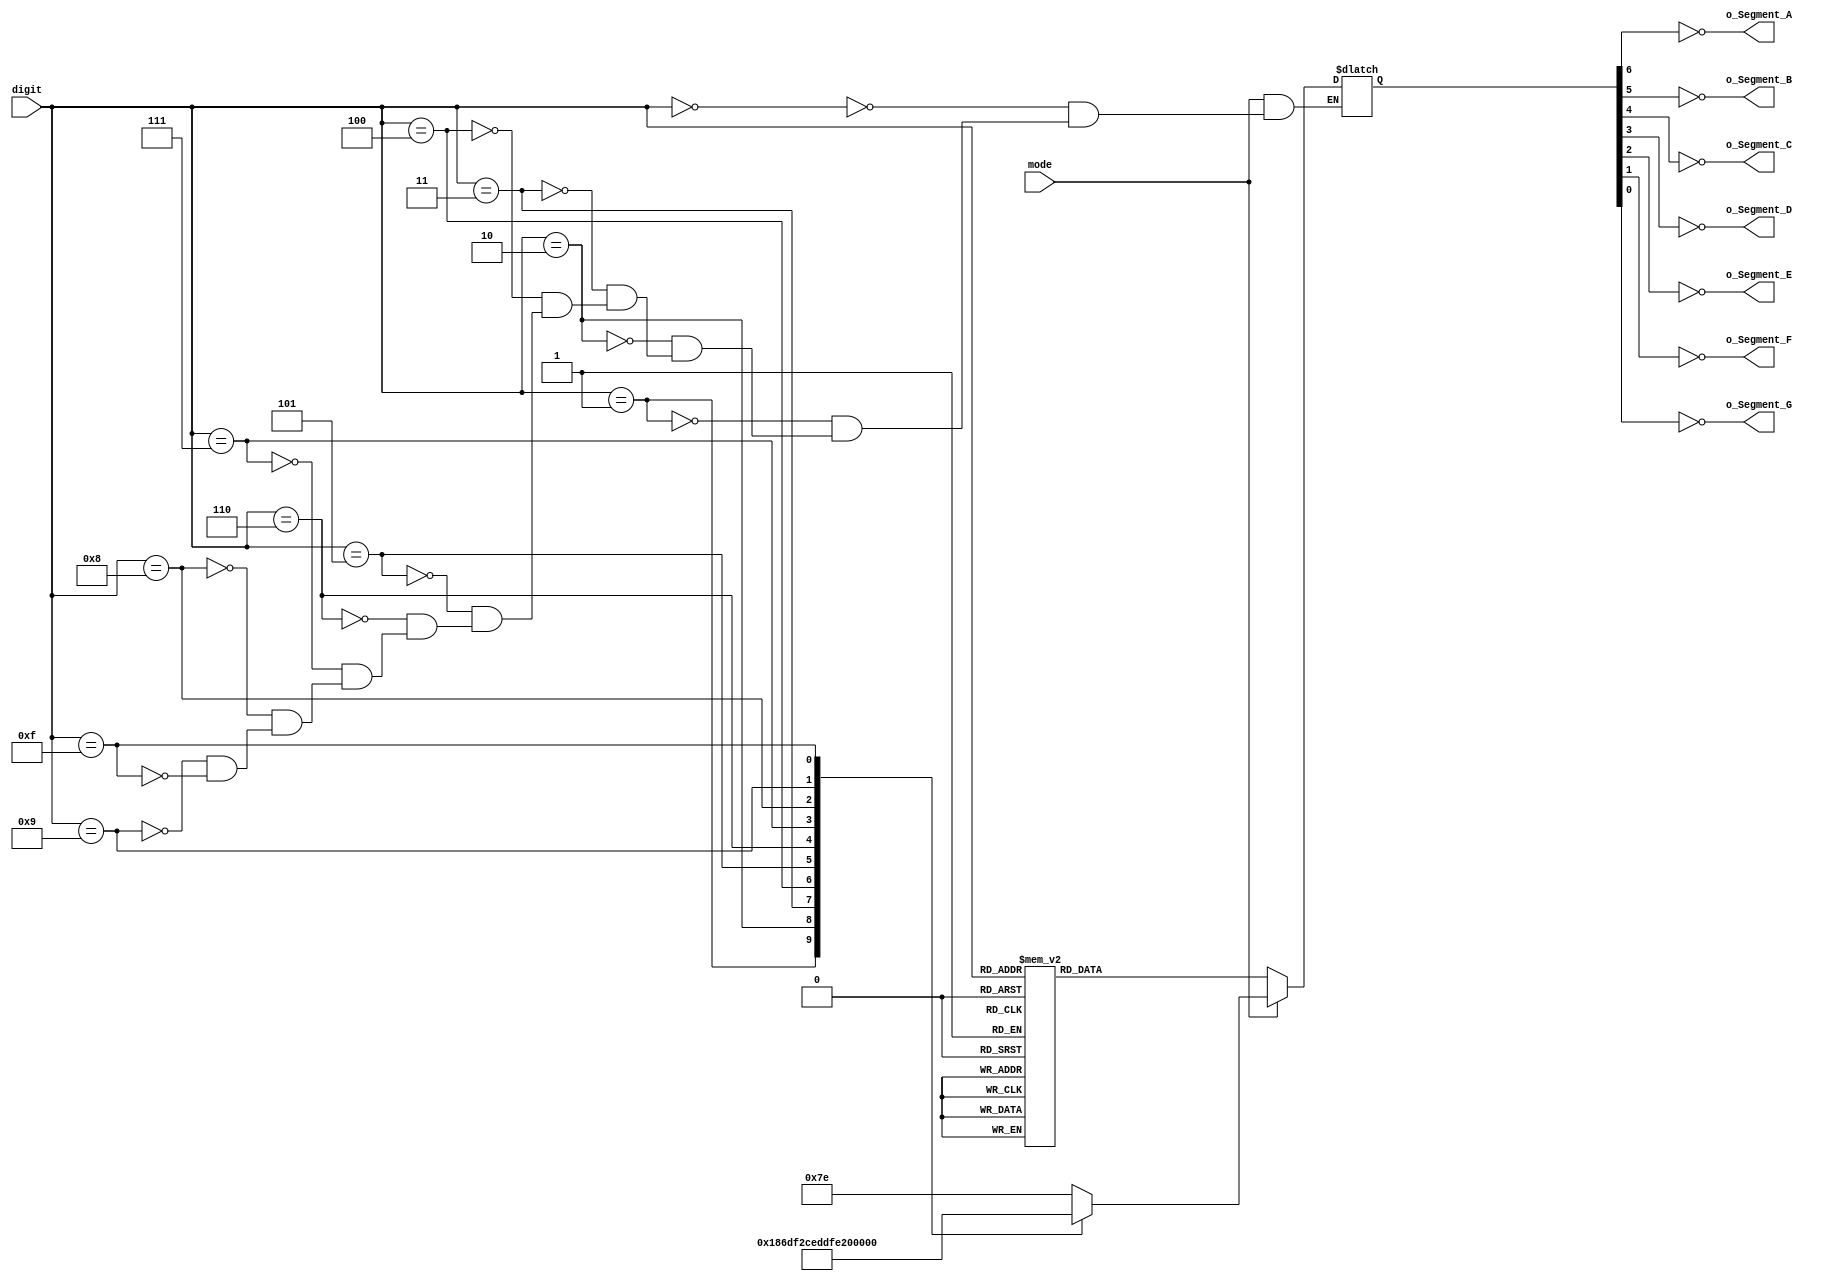
`timescale 1ns / 1ps
//////////////////////////////////////////////////////////////////////////////////
// Company: 
// Engineer: 
// 
// Design Name: 
// Module Name: BCD_to_Cathodes
// Project Name: 
// Target Devices: 
// Tool Versions: 
// Description: 
// 
// Dependencies: 
// 
// Revision:
// Revision 0.01 - File Created
// Additional Comments:
// 
//////////////////////////////////////////////////////////////////////////////////


module BCD_to_Cathodes(
input mode,
input [3:0] digit,
output  reg  o_Segment_A,
output reg o_Segment_B,
output reg o_Segment_C,
output reg o_Segment_D,
output reg o_Segment_E,
output reg o_Segment_F,
output reg o_Segment_G
    );

reg [6:0]    r_Encoding = 7'b0000000;

always@ (digit)
begin
if(mode == 0)begin
    case(digit)
        4'b0000 : r_Encoding <= 7'b1111110;//0
        4'b0001 : r_Encoding <= 7'b0110000;//1
        4'b0010 : r_Encoding <= 7'b1101101;//2
        4'b0011 : r_Encoding <= 7'b1111001;//3
        4'b0100 : r_Encoding <= 7'b0110011;//4       
        4'b0101 : r_Encoding <= 7'b1011011;//5
        4'b0110 : r_Encoding <= 7'b1011111;//6
        4'b0111 : r_Encoding <= 7'b1110000;//7
        4'b1000 : r_Encoding <= 7'b1111111;//8
        4'b1001 : r_Encoding <= 7'b1111011;//9
        4'b1010 : r_Encoding <= 7'b1110111;//A
        4'b1011 : r_Encoding <= 7'b0011111;//B
        4'b1100 : r_Encoding <= 7'b1001110;//C
        4'b1101 : r_Encoding <= 7'b0111101;//D
        4'b1110 : r_Encoding <= 7'b1001111;//E
        4'b1111 : r_Encoding <= 7'b1000111;//F
    endcase

   o_Segment_A = ~r_Encoding[6];
   o_Segment_B = ~r_Encoding[5];
   o_Segment_C = ~r_Encoding[4];
   o_Segment_D = ~r_Encoding[3];
   o_Segment_E = ~r_Encoding[2];
   o_Segment_F = ~r_Encoding[1];
   o_Segment_G = ~r_Encoding[0];
end
else

    case(digit)
        4'b0000 : r_Encoding <= 7'b1111110;//0
        4'b0001 : r_Encoding <= 7'b0110000;//1
        4'b0010 : r_Encoding <= 7'b1101101;//2
        4'b0011 : r_Encoding <= 7'b1111001;//3
        4'b0100 : r_Encoding <= 7'b0110011;//4       
        4'b0101 : r_Encoding <= 7'b1011011;//5
        4'b0110 : r_Encoding <= 7'b1011111;//6
        4'b0111 : r_Encoding <= 7'b1110000;//7
        4'b1000 : r_Encoding <= 7'b1111111;//8
        4'b1001 : r_Encoding <= 7'b1111011;//9
        4'b1111 : r_Encoding <= 7'b0000001; //minus
//        4'b1010 : r_Dec_Encoding <= 7'b;
//        4'b1011 : r_Dec_Encoding <= 7'b;
//        4'b1100 : r_Dec_Encoding <= 7'b;
//        4'b1101 : r_Dec_Encoding <= 7'b;
//        4'b1110 : r_Dec_Encoding <= 7'b;
//        4'b1111 : r_Dec_Encoding <= 7'b;
    endcase
   o_Segment_A = ~r_Encoding[6];
   o_Segment_B = ~r_Encoding[5];
   o_Segment_C = ~r_Encoding[4];
   o_Segment_D = ~r_Encoding[3];
   o_Segment_E = ~r_Encoding[2];
   o_Segment_F = ~r_Encoding[1];
   o_Segment_G = ~r_Encoding[0];
end
endmodule